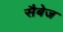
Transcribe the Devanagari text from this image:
सैबेज